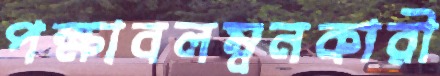
পক্ষাবলম্বনকারী